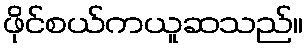
ဖိုင်စယ်ကယူဆသည်။